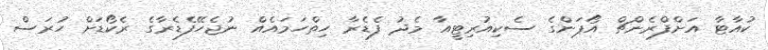
ކުއާޓާ އަށްފްރެންޗް އޯޕަންގެ ސެކިއުރިޓީއާ މެދު ފެޑެރާ ހިތްހަމައެއް ނުޖެހޭފެޑެރާގެ ރެކޯޑަށް ހުރަސް